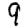
Digit: 9